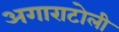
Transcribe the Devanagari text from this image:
अगाराटोली